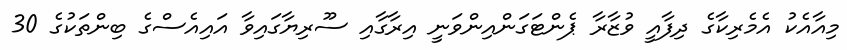
މިއާއެކު އެމެރިކާގެ ދިފާއީ ވުޒާރާ ޕެންޓަގަންއިންވަނީ އިރާގާއި ސޫރިޔާގައިވާ އައިއެސްގެ ބިންތަކުގެ 30